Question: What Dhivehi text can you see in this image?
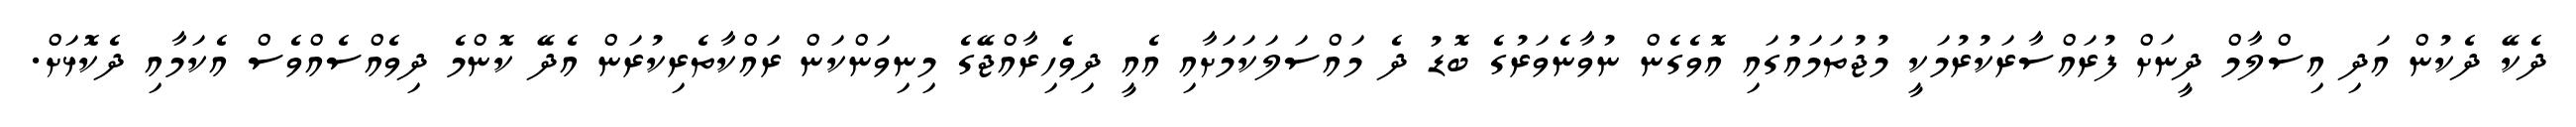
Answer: ދެކޭ ދެކުން އަދި އިސްލާމް ދީނަށް ފުރައްސާރަކުރުމަކީ މުޖުތަމައުގައި އޮވެގެން ނުވާނެވަރުގެ ބޮޑު ދެ މައްސަލަކަމަށާއި އެއީ ދިވެހިރާއްޖޭގެ މިނިވަންކަން ރައްކާތެރިކުރަން އެދޭ ކޮންމެ ދިވެއްސެއްވެސް އެކަމާއި ދެކޮޅަށް.